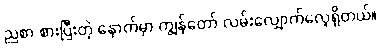
ညစာ စားပြီးတဲ့ နောက်မှာ ကျွန်တော် လမ်းလျှောက်လေ့ရှိတယ်။